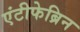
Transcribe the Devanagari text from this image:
एंटीफेब्रिन